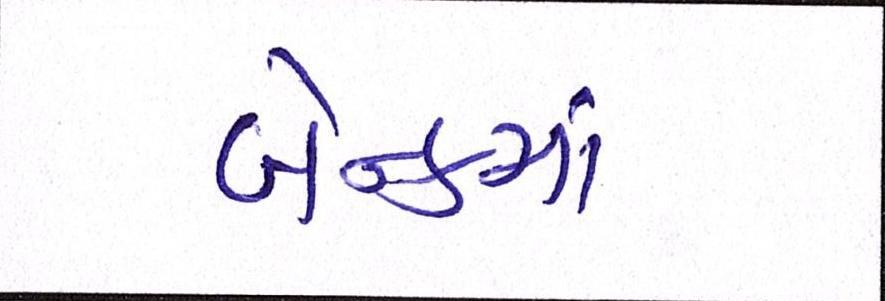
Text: બૅન્કમાં